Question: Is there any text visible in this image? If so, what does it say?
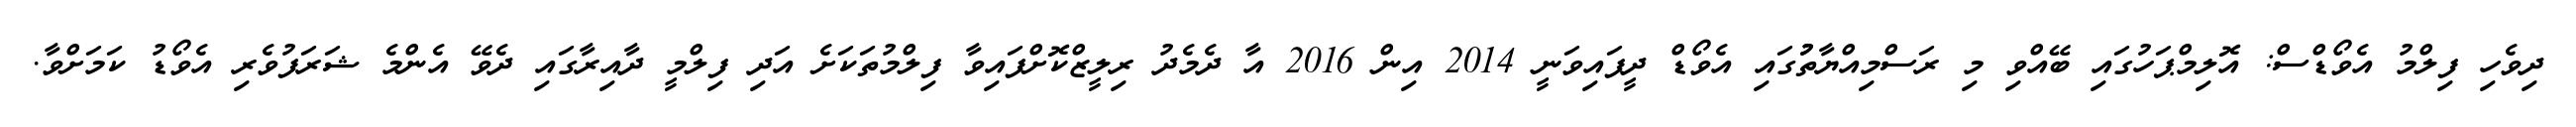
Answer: ދިވެހި ފިލްމު އެވޯޑްސް: އޮލިމްޕަހުގައި ބޭއްވި މި ރަސްމިއްޔާތުުގައި އެވޯޑް ދީފައިވަނީ 2014 އިން 2016 އާ ދެމެދު ރިލީޒްކޮށްފައިވާ ފިލްމުތަކަށެ އަދި ފިލްމީ ދާއިރާގައި ދެވޭ އެންމެ ޝަރަފުވެރި އެވޯޑު ކަމަށްވާ.